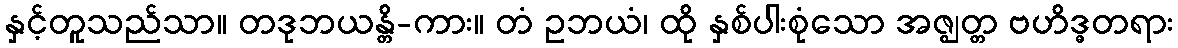
နှင့်တူသည်သာ။ တဒုဘယန္တိ-ကား။ တံ ဥဘယံ၊ ထို နှစ်ပါးစုံသော အဇ္ဈတ္တ ဗဟိဒ္ဓတရား